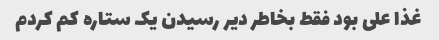
غذا علی بود فقط بخاطر دیر رسیدن یک ستاره کم کردم